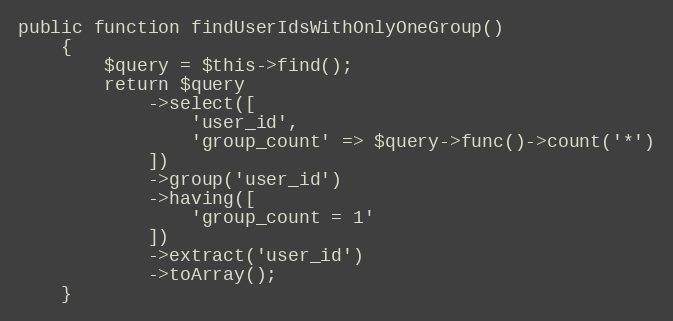
Language: PHP
public function findUserIdsWithOnlyOneGroup()
    {
        $query = $this->find();
        return $query
            ->select([
                'user_id',
                'group_count' => $query->func()->count('*')
            ])
            ->group('user_id')
            ->having([
                'group_count = 1'
            ])
            ->extract('user_id')
            ->toArray();
    }